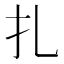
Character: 扎